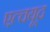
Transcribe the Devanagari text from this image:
एत्चयूद